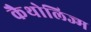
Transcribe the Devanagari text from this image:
कैथोलिज्म